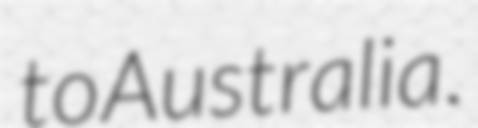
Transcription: to Australia.